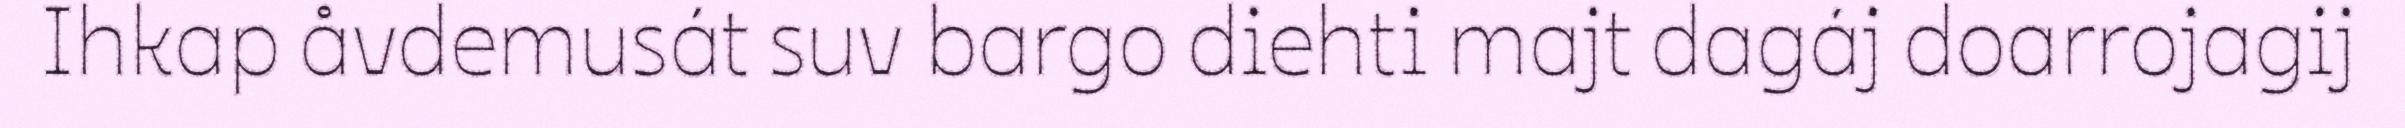
Ihkap åvdemusát suv bargo diehti majt dagáj doarrojagij